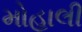
મોહાલી